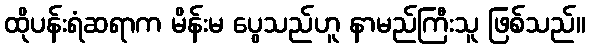
ထိုပန်းရံဆရာက မိန်းမ ပွေသည်ဟူ နာမည်ကြီးသူ ဖြစ်သည်။